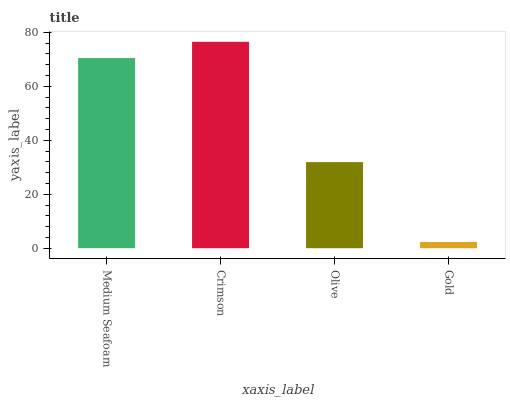
| xaxis_label | bars |
 | --- | --- |
 | Medium Seafoam | 70.5 |
 | Crimson | 76.5 |
 | Olive | 31.9 |
 | Gold | 2.32 |